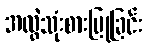
အလွဲသုံးစားပြုခြင်း